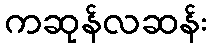
ကဆုန်လဆန်း